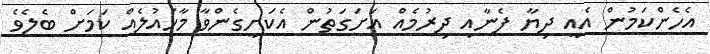
އެހެންކަމުން އެއީ ދިޔާ ފެނާއި ދިރުމެއް އަށަގަތުން އެކަށީގެންވާ މާހައުލެއް ކަމަށް ބެލެވެ